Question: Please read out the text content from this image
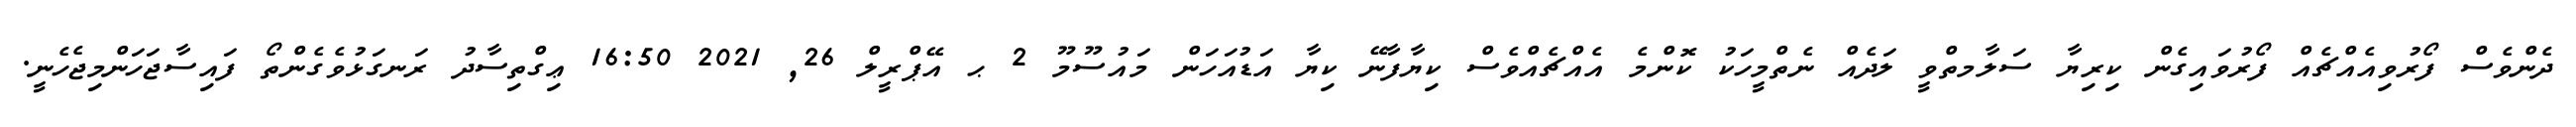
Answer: ދެންވެސް ފޯރުވިއެއްޗެއް ފޯރުވައިގެން ކިރިޔާ ސަލާމތްވީ ލަދެއް ނެތްމީހަކު ކޮންމެ އެއްޗެއްވެސް ކިޔާފާނޭ ކިޔާ އަޑުއަހަން މައުސޫމޫ 2 ޙ އޭޕްރީލް 26, 2021 16:50 ޢިގްތިސާދު ރަނގަޅުވެގެންތޯ ފައިސާޖަހަންމިޖެހެނީ.